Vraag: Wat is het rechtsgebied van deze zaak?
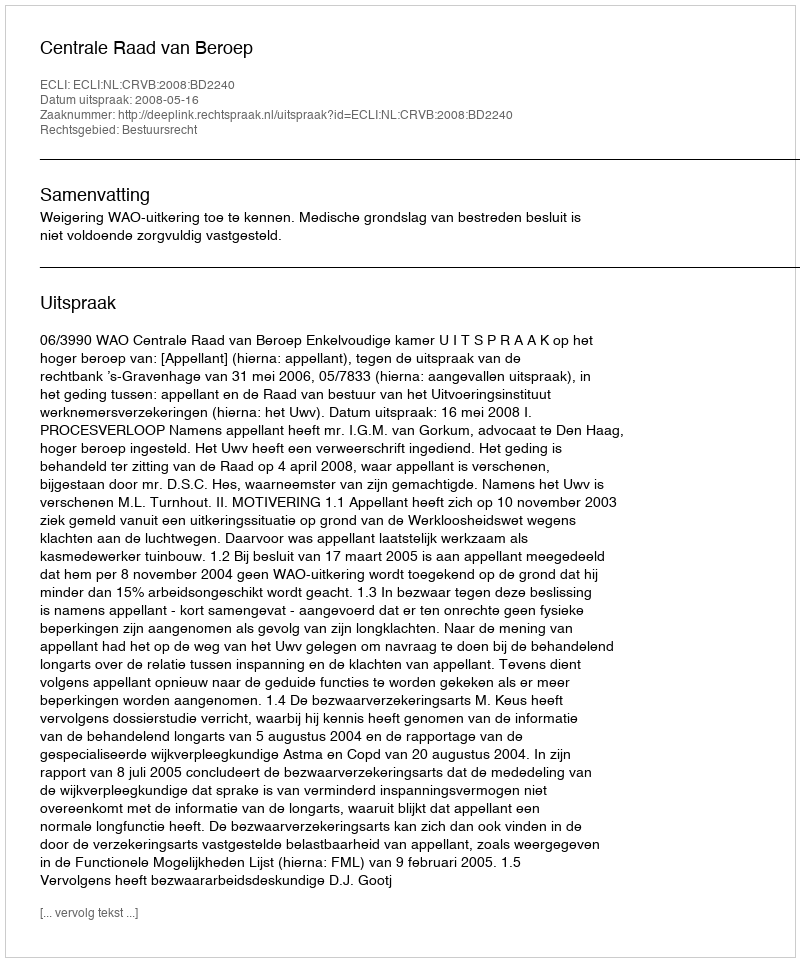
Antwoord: Bestuursrecht